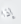
إذا